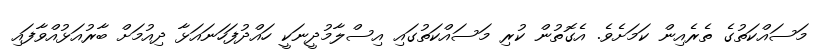
މަސައްކަތުގެ ތެރެއިން ކަމަށެވެ. އެގޮތުން ކުރި މަސައްކަތުގައި އިސްލާމުދީނަކީ ހައްދުފަހަނައަޅާ ދިއުމަށް ބާރުއަޅުއްވާފައި